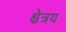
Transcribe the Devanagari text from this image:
क्षेत्रय